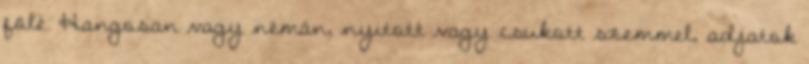
fölé. Hangosan vagy némán, nyitott vagy csukott szemmel, adjatok